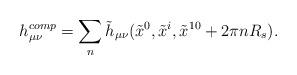
LaTeX: \begin{align*}h^{comp} _{\mu \nu} = \sum_n \tilde{h}_{\mu \nu} (\tilde{x}^0, \tilde{x}^i,\tilde{x}^{10} + 2\pi nR_s).\end{align*}